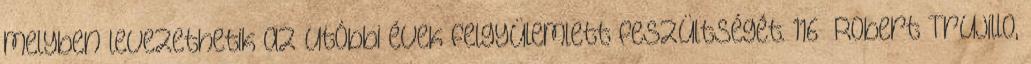
melyben levezethetik az utóbbi évek felgyülemlett feszültségét. 116 Robert Trujillo,